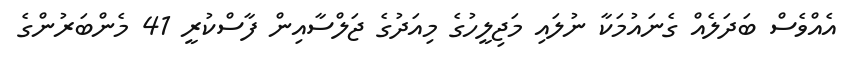
އެއްވެސް ބަދަލެއް ގެނައުމަކާ ނުލައި މަޖިލީހުގެ މިއަދުގެ ޖަލްސާއިން ފާސްކުރީ 41 މެންބަރުންގެ